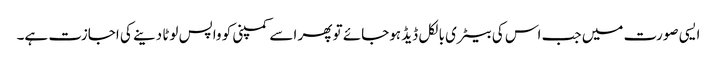
ایسی صورت میں جب اس کی بیٹری بالکل ڈیڈ ہوجائے تو پھر اسے کمپنی کو واپس لوٹا دینے کی اجازت ہے۔